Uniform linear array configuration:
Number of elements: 12
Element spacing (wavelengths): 1
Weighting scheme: uniform
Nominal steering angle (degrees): -15
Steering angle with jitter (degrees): -14.466
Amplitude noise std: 0.05
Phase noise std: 0.05

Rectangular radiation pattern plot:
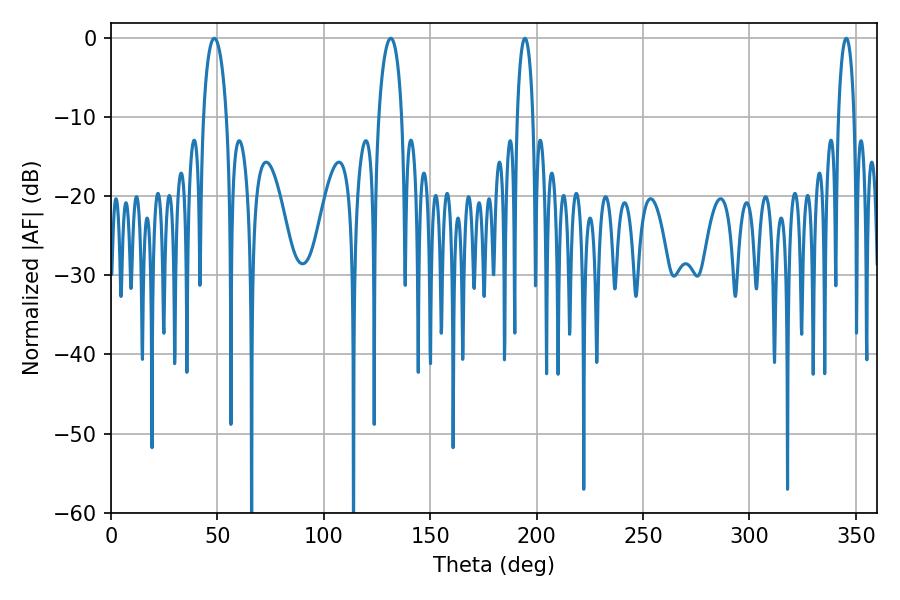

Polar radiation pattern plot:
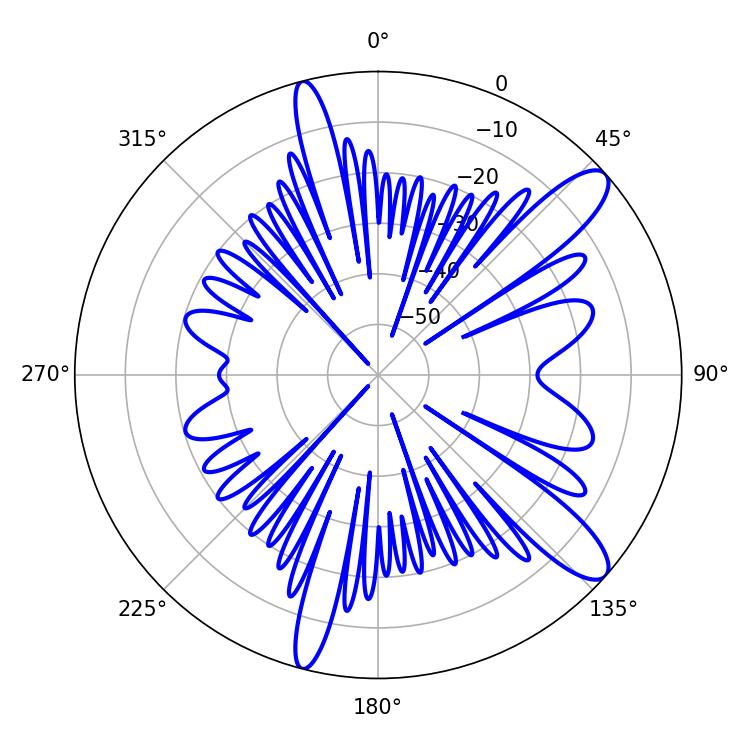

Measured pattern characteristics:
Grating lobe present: TRUE
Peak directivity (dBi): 11.43
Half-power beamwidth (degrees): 6.3
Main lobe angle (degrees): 48.6